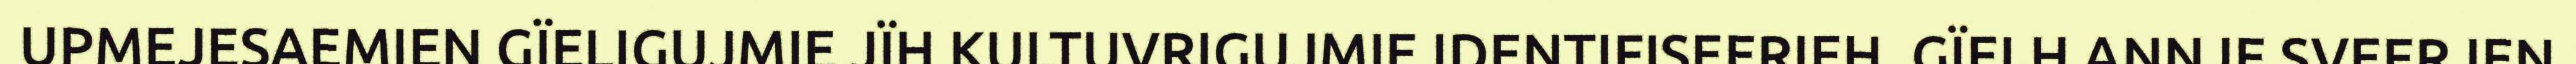
UPMEJESAEMIEN GÏELIGUJMIE JÏH KULTUVRIGUJMIE IDENTIFISEERIEH. GÏELH ANNJE SVEERJEN